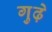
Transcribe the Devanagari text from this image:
गुढ़े